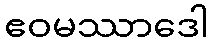
ဧဝမဿာဒေါ